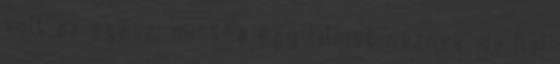
volt az egész, mintha egy filmet néznék, de hol